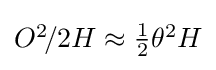
\textstyle O^{2}\!/2H\approx {\tfrac {1}{2}}\theta ^{2}H